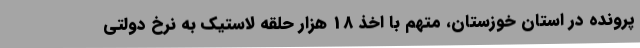
پرونده در استان خوزستان، متهم با اخذ 18 هزار حلقه لاستیک به نرخ دولتی